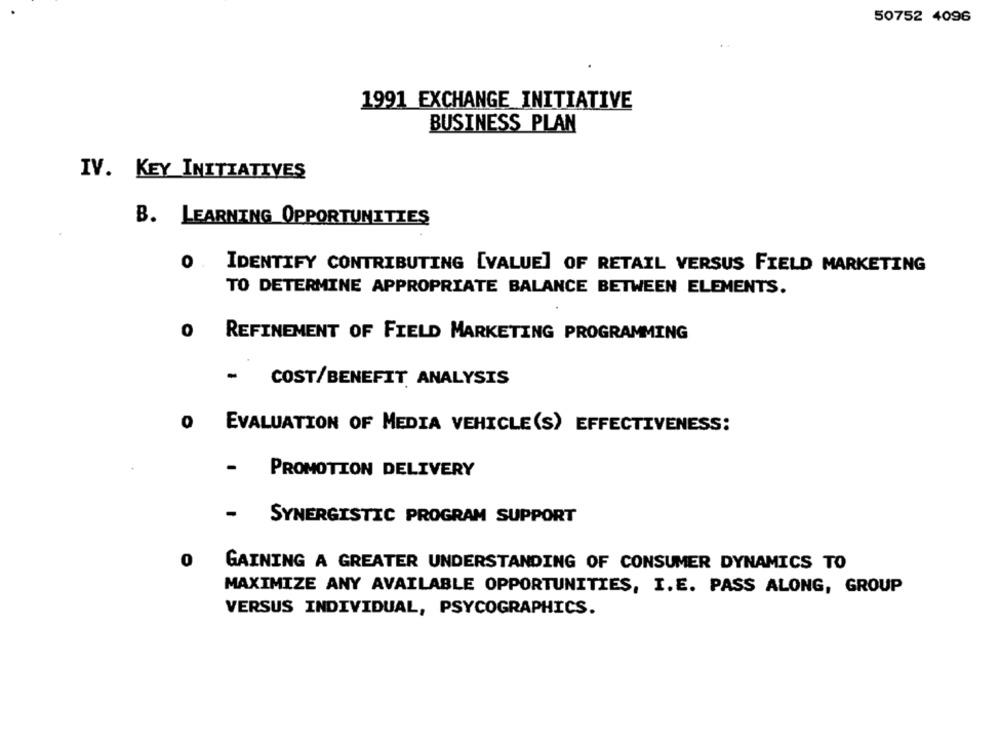
50752 4096
1991 EXCHANGE INITIATIVE
BUSINESS PLAN
IV. KEY INITIATIVES
B. LEARNING OPPORTUNITIES
0 . IDENTIFY CONTRIBUTING [VALUE] OF RETAIL VERSUS FIELD MARKETING
TO DETERMINE APPROPRIATE BALANCE BETWEEN ELEMENTS.
0
REFINEMENT OF FIELD MARKETING PROGRAMMING
-
COST/BENEFIT ANALYSIS
0
EVALUATION OF MEDIA VEHICLE(S) EFFECTIVENESS:
PROMOTION DELIVERY
SYNERGISTIC PROGRAM SUPPORT
GAINING A GREATER UNDERSTANDING OF CONSUMER DYNAMICS TO
MAXIMIZE ANY AVAILABLE OPPORTUNITIES, I.E. PASS ALONG, GROUP
VERSUS INDIVIDUAL, PSYCOGRAPHICS.